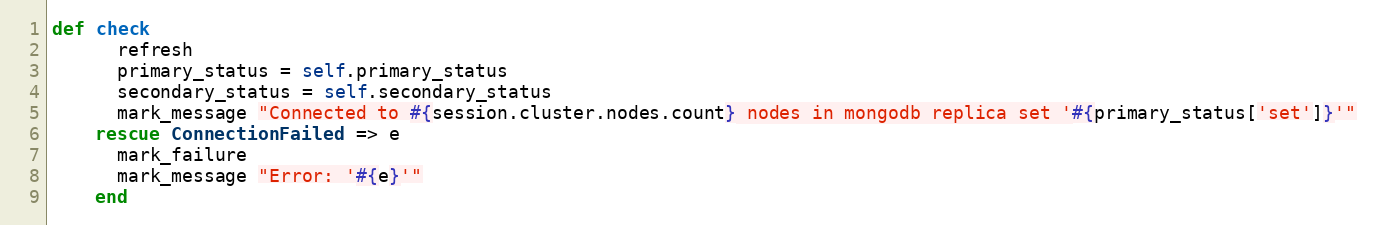
Language: Ruby
def check
      refresh
      primary_status = self.primary_status
      secondary_status = self.secondary_status
      mark_message "Connected to #{session.cluster.nodes.count} nodes in mongodb replica set '#{primary_status['set']}'"
    rescue ConnectionFailed => e
      mark_failure
      mark_message "Error: '#{e}'"
    end